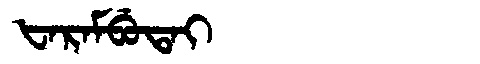
Manchu: ᡶᠠᡵᠠᠮᠪᡠᡨᠠᡳ
Romanization: FARAMBUTAI